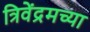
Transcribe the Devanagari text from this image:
त्रिवेंद्रमच्या